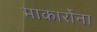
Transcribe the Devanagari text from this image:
माकार्रोना